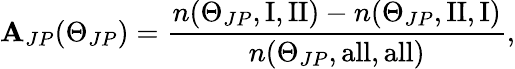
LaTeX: \mathbf{A}_{JP}(\Theta_{JP})=\frac{{n(\Theta_{JP},\mathrm{{I,II}})-n(\Theta_{JP},\mathrm{{II,I}})}}{{n(\Theta_{JP},\mathrm{{all,all}})}},